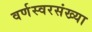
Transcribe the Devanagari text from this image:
वर्णस्वरसंख्या